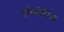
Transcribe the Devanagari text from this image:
एफेमेरीज